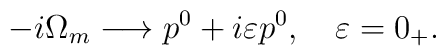
-i\Omega_m \longrightarrow p^0 + i\varepsilon p^0, \ \ \ \varepsilon =0_+.